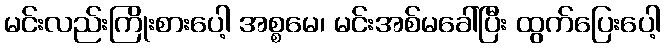
မင်းလည်းကြိုးစားပေါ့ အစ္စမေ၊ မင်းအစ်မခေါ်ပြီး ထွက်ပြေးပေါ့